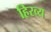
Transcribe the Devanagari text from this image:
हिरव्य